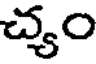
చ్యం